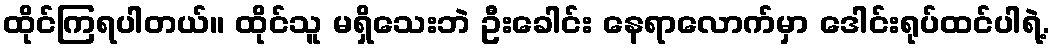
ထိုင်ကြရပါတယ်။ ထိုင်သူ မရှိသေးဘဲ ဦးခေါင်း နေရာလောက်မှာ ဒေါင်းရုပ်ထင်ပါရဲ့.